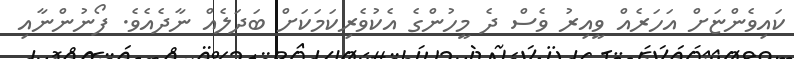
ކައިވެންޏަށް އަހަރެއް ވީއިރު ވެސް ދެ މީހުންގެ އެކުވެރިކަމަކަށް ބަދަލެއް ނާދެއެވެ. ފޯނުންނާއި